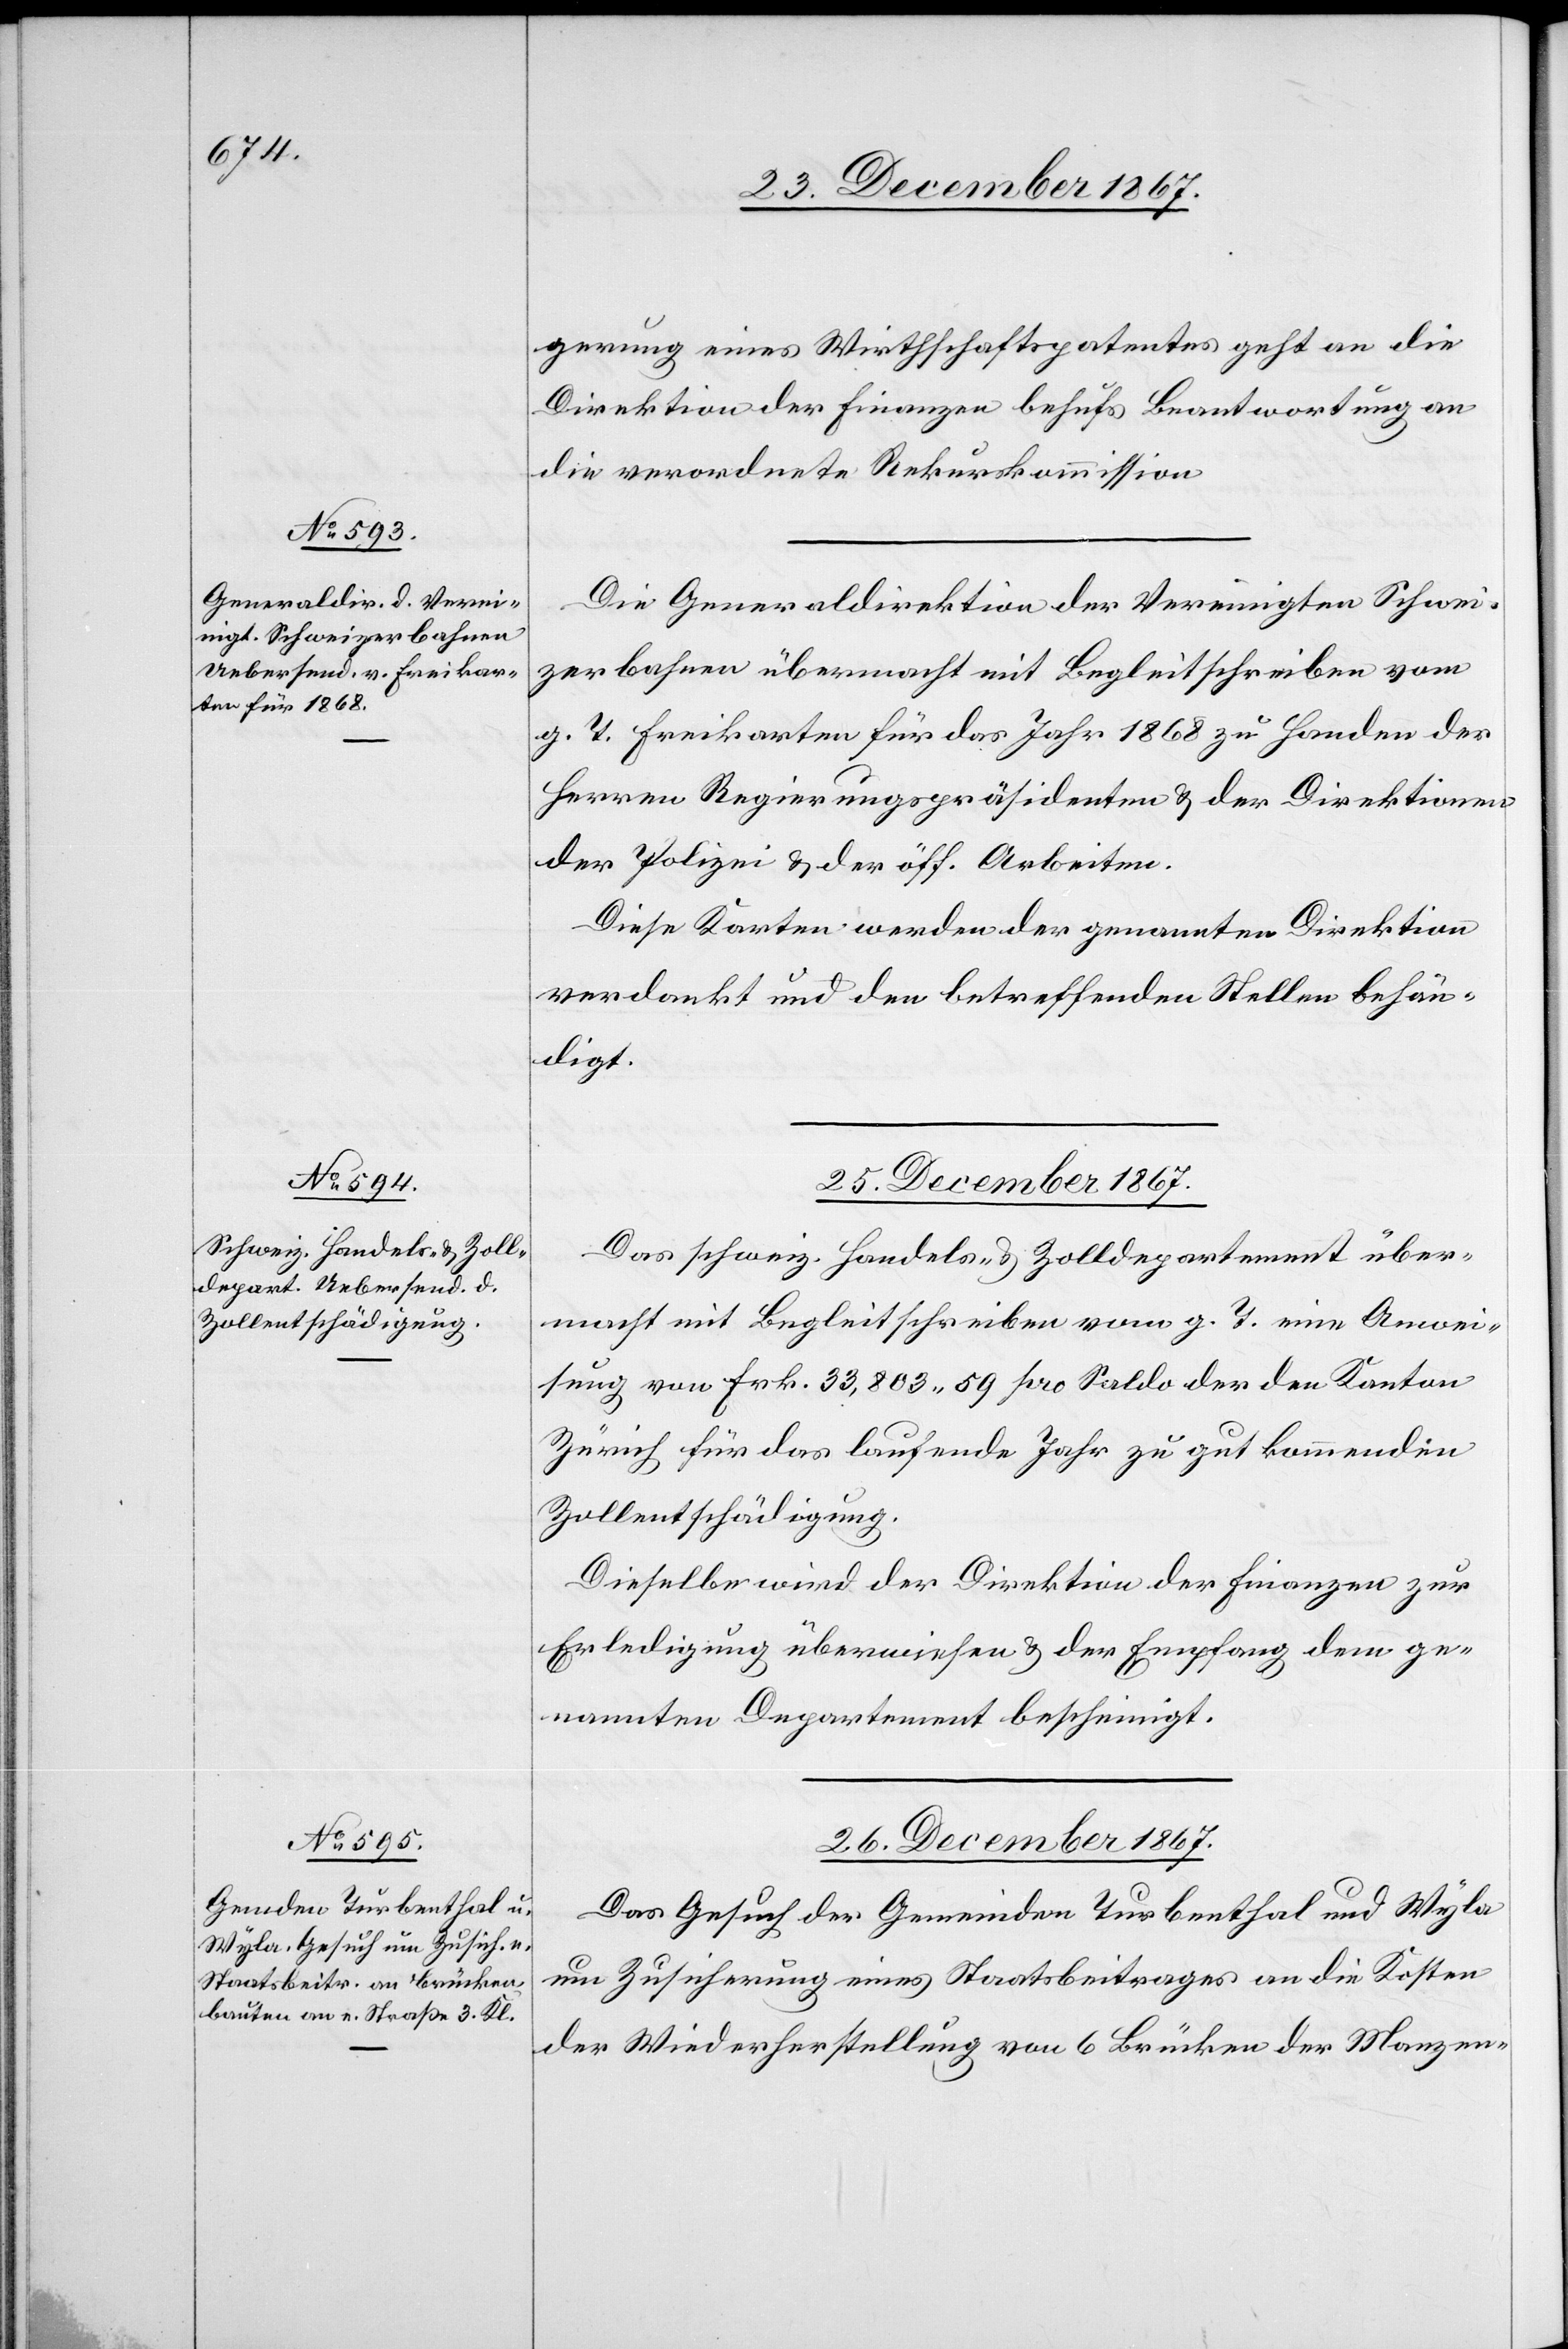
gerung eines Wirthschaftspatentes geht an die
Direktion der Finanzen behufs Beantwortung an
die verordnete Rekurskommission.
Die Generaldirektion der Vereinigten Schwei¬
zerbahnen übermacht mit Begleitschreiben vom
g. T. Freikarten für das Jahr 1868 zu Handen der
Herren Regierungspräsidenten u. der Direktionen
der Polizei u. der öff. Arbeiten.
Diese Karten werden der genannten Direktion
verdankt und den betreffenden Stellen behän¬
digt.
25. December 1867.
Das schweiz. Handels- u. Zolldepartement über¬
macht mit Begleitschreiben vom g. T. eine Anwei¬
sung von Frk. 33 803.59 pro Saldo der den Kanton
Zürich für das laufende Jahr zu gut kommenden
Zollentschädigung.
Dieselbe wird der Direktion der Finanzen zur
Erledigung überwiesen u. der Empfang dem ge¬
nannten Departement bescheinigt.
26. December 1867.
Das Gesuch der Gemeinden Turbenthal und Wyla
um Zusicherung eines Staatsbeitrages an die Kosten
der Wiederherstellung von 6 Brücken der Manzen-